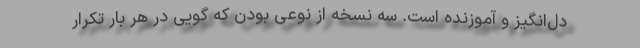
دل‌انگیز و آموزنده است. سه نسخه از نوعی بودن که گویی در هر بار تکرار